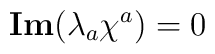
{\bf Im}(\lambda _a\chi ^a)=0